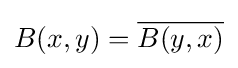
B(x,y)={\overline {B(y,x)}}